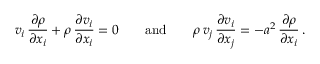
v _ { i } \, { \frac { \partial \rho } { \partial x _ { i } } } + \rho \, { \frac { \partial v _ { i } } { \partial x _ { i } } } = 0 \qquad { \mathrm { a n d } } \qquad \rho \, v _ { j } \, { \frac { \partial v _ { i } } { \partial x _ { j } } } = - a ^ { 2 } \, { \frac { \partial \rho } { \partial x _ { i } } } \, .